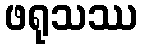
ဖရုသဿ